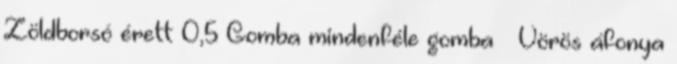
Zöldborsó érett 0,5 Gomba mindenféle gomba – Vörös áfonya